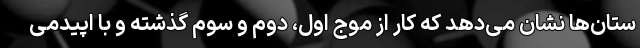
ستان‌ها نشان می‌دهد که کار از موج اول، دوم و سوم گذشته و با اپیدمی